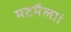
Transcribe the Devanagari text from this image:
मटमैला।